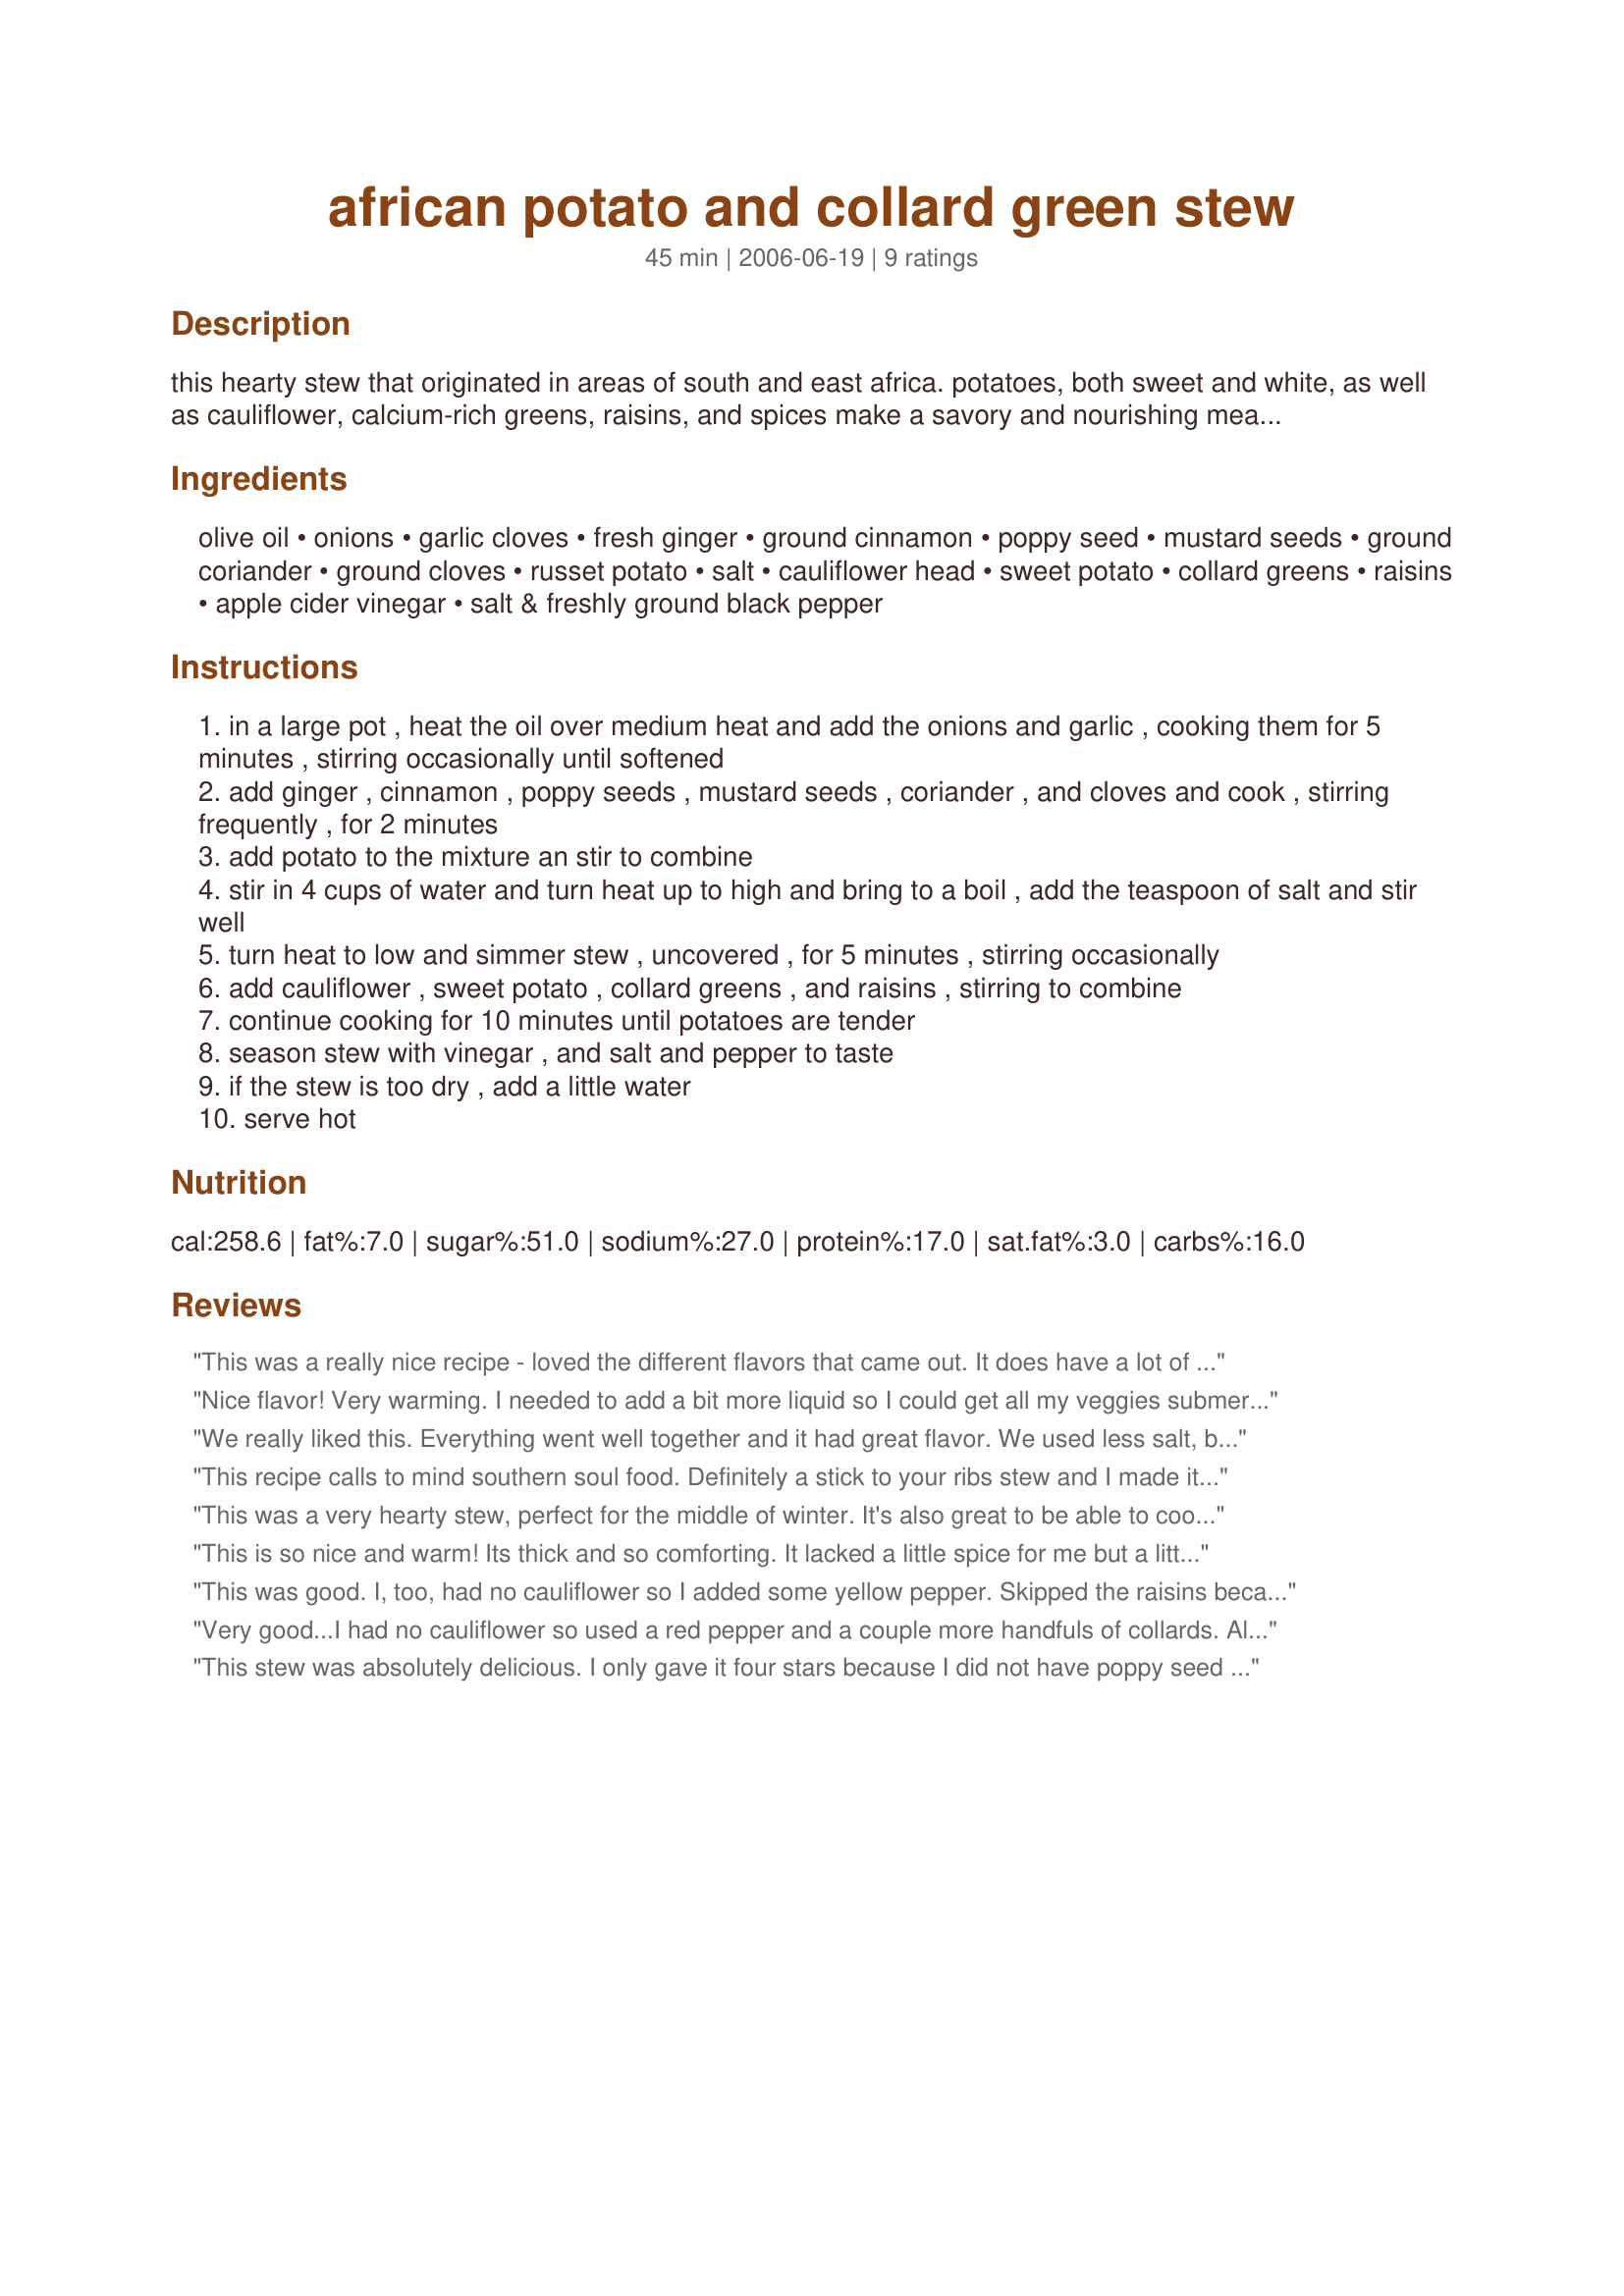
african potato and collard green stew
Preparation time: 45 minutes

this hearty stew that originated in areas of south and east africa. potatoes, both sweet and white, as well as cauliflower, calcium-rich greens, raisins, and spices make a savory and nourishing meal to warm us on cold winter nights. serve topped
with rice, couscous, or quinoa.

Ingredients:
olive oil, onions, garlic cloves, fresh ginger, ground cinnamon, poppy seed, mustard seeds, ground coriander, ground cloves, russet potato, salt, cauliflower head, sweet potato, collard greens, raisins, apple cider vinegar, salt & freshly ground black pepper

Steps:
in a large pot , heat the oil over medium heat and add the onions and garlic , cooking them for 5 minutes , stirring occasionally until softened
add ginger , cinnamon , poppy seeds , mustard seeds , coriander , and cloves and cook , stirring frequently , for 2 minutes
add potato to the mixture an stir to combine
stir in 4 cups of water and turn heat up to high and bring to a boil , add the teaspoon of salt and stir well
turn heat to low and simmer stew , uncovered , for 5 minutes , stirring occasionally
add cauliflower , sweet potato , collard greens , and raisins , stirring to combine
continue cooking for 10 minutes until potatoes are tender
season stew with vinegar , and salt and pepper to taste
if the stew is too dry , add a little water
serve hot

Reviews:
This was a really nice recipe - loved the different flavors that came out. It does have a lot of ingredients and it makes a large serving. Will try it with a few less items next time around. Made for ZWT 2011.
Nice flavor! Very warming. I needed to add a bit more liquid so I could get all my veggies submerged. Next time I'll throw the collards in a little bit after the other veggies. They were definitely done before the sweet potatoes were tender enough.
We really liked this. Everything went well together and it had great flavor. We used less salt, broth instead of water, more greens, and omitted the raisins (personal preference). Thanks!
This recipe calls to mind southern soul food. Definitely a stick to your ribs stew and I made it a one dish meal by adding in some diced ham. It was just a bit too hearty for the hot summertime, but it's going to be a great recipe to have on hand this winter. Crackling Bread was absolutly perfect served with this stew. Thanks for sharing this recipe!
This was a very hearty stew, perfect for the middle of winter. It's also great to be able to cook vegetarian food and not have anyone complain about the lack of meat. We ummhed and ahhed about the raisins, I didn't like the flavour they added and I think I would just leave them out next time (but that is purely a personal thing). This is a great way to use up small amounts of veges that can't made a side dish on their own. Made for ZWT4.
This is so nice and warm! Its thick and so comforting. It lacked a little spice for me but a little pepper fixed that right up!
This was good. I, too, had no cauliflower so I added some yellow pepper. Skipped the raisins because my son won't eat them but I think it might have given it an interesting extra dimension. Also used broth instead of water as suggested by others. Mine was not thick, I may reduce the broth next time or increase the veggies.
Very good...I had no cauliflower so used a red pepper and a couple more handfuls of collards. Also a teaspoon of veggie bouillon. Everyone said it was a keeper!
This stew was absolutely delicious. I only gave it four stars because I did not have poppy seed and coriander on hand. My husband is a vegetarian and I am always looking for new ways to cook vegetables.
